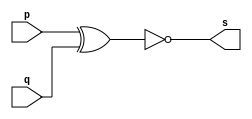
 
// ------------------------- 
// Exemplo0008 - XNOR 
// Nome: Mateus Augusto Moraes Ferreira
// ------------------------- 
 
// ------------------------- 
// -- xnor gate 
// ------------------------- 
module xnorgate ( output s, 
                            input   p, q); 
 assign s = ( ~(p^q) ); 
endmodule // xnorgate 
 
// --------------------- 
// -- test xnor gate 
// --------------------- 
module testxnorgate; 
// ------------------------- dados locais 
   reg   a, b; // definir registradores 
   wire  s;    // definir conexao (fio) 
// ------------------------- instancia 
   xnorgate XNOR1 (s, a, b); 
// ------------------------- preparacao 
   initial begin:start 
      a=0; b=0; 
   end 
 
 // ------------------------- parte principal 
 
   initial begin 
      $display("Exemplo0008 - Mateus Augusto Moraes Ferreira - 435669"); 
      $display("Test XNOR gate"); 
      $display("\n~(a | b) = s\n");  
      $monitor("%b | %b = %b", a, b, s); 
  #1  a=0; b=0; 
  #1  a=0; b=1; 
  #1  a=1; b=0;   
  #1  a=1; b=1; 
   
 end 
 
endmodule // testxnorgate